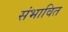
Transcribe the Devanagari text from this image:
संभावित